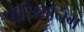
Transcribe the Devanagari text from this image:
पोसिशनिंग